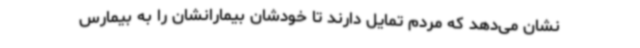
نشان می‌دهد که مردم تمایل دارند تا خودشان بیمارانشان را به بیمارس